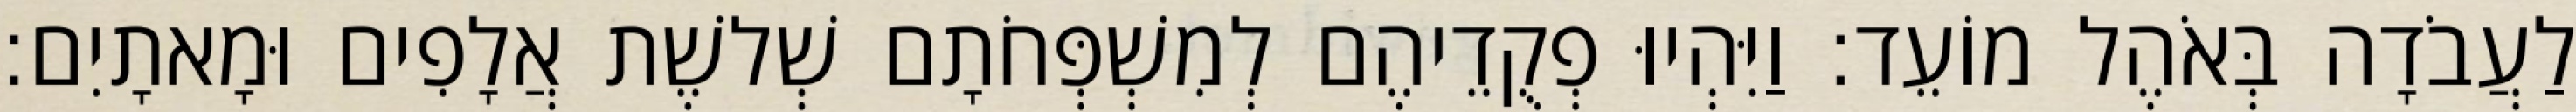
לַעֲבֹדָה בְּאֹהֶל מוֹעֵד׃ וַיִּהְיוּ פְקֻדֵיהֶם לְמִשְׁפְּחֹתָם שְׁלשֶׁת אֲלָפִים וּמָאתָיִם׃